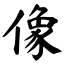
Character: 像